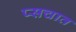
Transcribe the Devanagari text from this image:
प्सचात